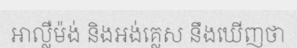
អាល្លឺម៉ង់ និងអង់គ្លេស នឹងឃើញថា